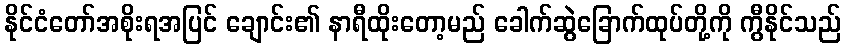
နိုင်ငံတော်အစိုးရအပြင် ချောင်း၏ နာရီထိုးတော့မည် ခေါက်ဆွဲခြောက်ထုပ်တို့ကို ကွီနိုင်သည်